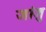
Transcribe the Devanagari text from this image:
जांजु